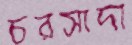
চরসাদা